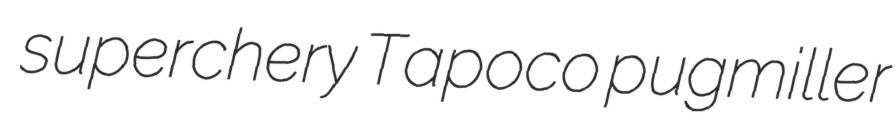
superchery Tapoco pugmiller